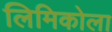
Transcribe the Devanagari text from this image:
लिमिकोला